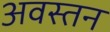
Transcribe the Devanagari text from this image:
अवस्तन